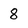
Character: 8